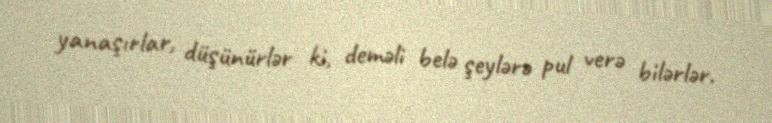
yanaşırlar, düşünürlər ki, deməli belə şeylərə pul verə bilərlər.